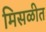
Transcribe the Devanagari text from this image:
मिसळीत